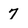
Character: 7